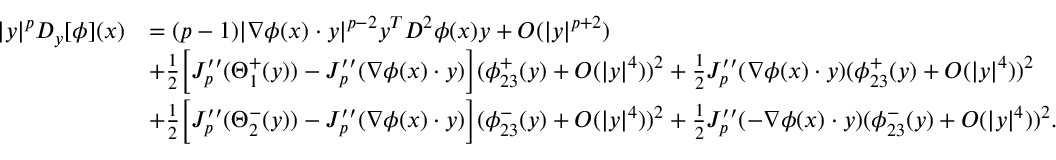
\begin{array} { r l } { | y | ^ { p } D _ { y } [ \phi ] ( x ) } & { = ( p - 1 ) | \nabla \phi ( x ) \cdot y | ^ { p - 2 } y ^ { T } D ^ { 2 } \phi ( x ) y + O ( | y | ^ { p + 2 } ) } \\ & { + \frac { 1 } { 2 } \bigg [ J _ { p } ^ { \prime \prime } ( \Theta _ { 1 } ^ { + } ( y ) ) - J _ { p } ^ { \prime \prime } ( \nabla \phi ( x ) \cdot y ) \bigg ] ( \phi _ { 2 3 } ^ { + } ( y ) + O ( | y | ^ { 4 } ) ) ^ { 2 } + \frac { 1 } { 2 } J _ { p } ^ { \prime \prime } ( \nabla \phi ( x ) \cdot y ) ( \phi _ { 2 3 } ^ { + } ( y ) + O ( | y | ^ { 4 } ) ) ^ { 2 } } \\ & { + \frac { 1 } { 2 } \bigg [ J _ { p } ^ { \prime \prime } ( \Theta _ { 2 } ^ { - } ( y ) ) - J _ { p } ^ { \prime \prime } ( \nabla \phi ( x ) \cdot y ) \bigg ] ( \phi _ { 2 3 } ^ { - } ( y ) + O ( | y | ^ { 4 } ) ) ^ { 2 } + \frac { 1 } { 2 } J _ { p } ^ { \prime \prime } ( - \nabla \phi ( x ) \cdot y ) ( \phi _ { 2 3 } ^ { - } ( y ) + O ( | y | ^ { 4 } ) ) ^ { 2 } . } \end{array}